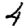
Digit: 4